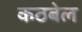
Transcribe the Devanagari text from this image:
कठबेल